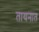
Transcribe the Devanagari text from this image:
तायनात